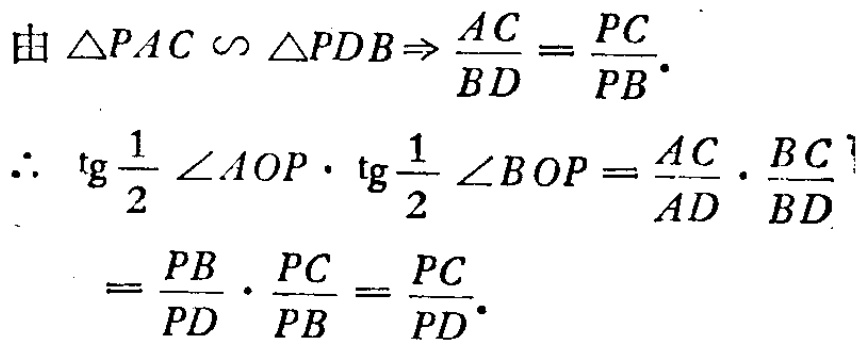
由 \(\triangle PAC \backsim \triangle PDB\Rightarrow \frac{AC}{BD}=\frac{PC}{PB}\).
\(\therefore\) \(\text{tg}\frac{1}{2}\angle AOP\cdot \text{tg}\frac{1}{2}\angle BOP = \frac{AC}{AD}\cdot\frac{BC}{BD}\)
\(=\frac{PB}{PD}\cdot\frac{PC}{PB}=\frac{PC}{PD}\).